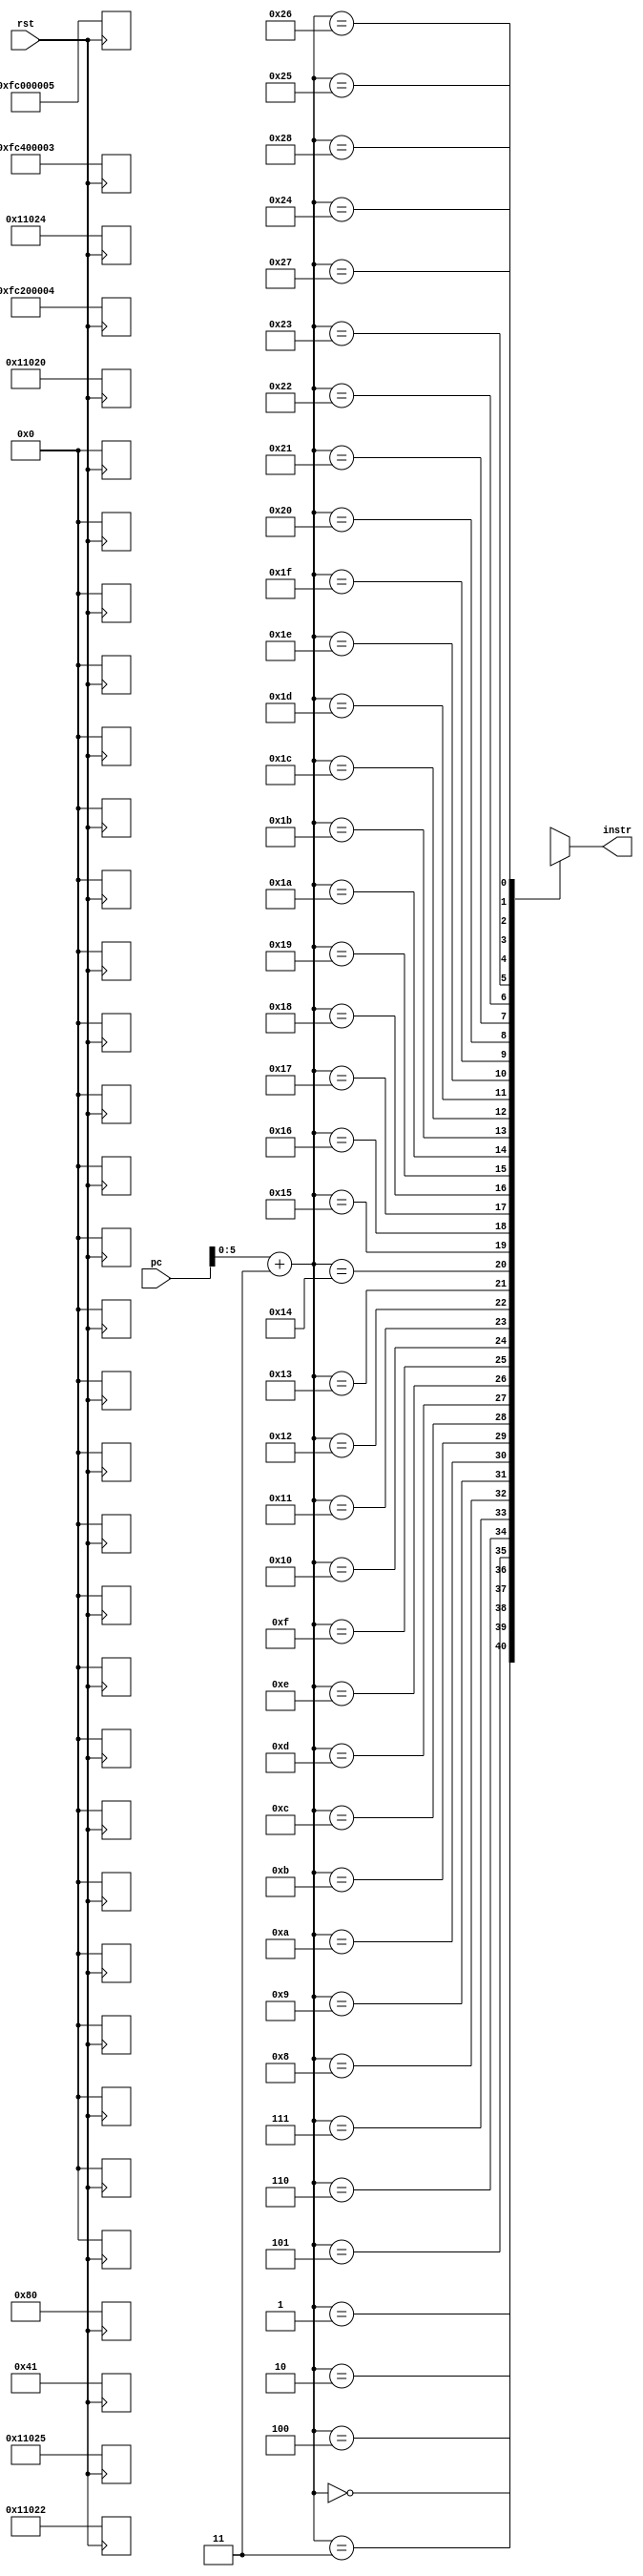
`timescale 1ns / 1ps

module instrmem(
    input [31:0] pc,
    input rst,
    output [31:0] instr
    );
    
    reg [31:0] instmem [40:0];
    
    assign instr = {instmem[pc], instmem[pc+1], instmem[pc+2], instmem[pc+3]};
    
    always @(posedge rst) begin
        if (rst == 1) begin
            {instmem[0], instmem[1], instmem[2], instmem[3]}     = 32'b11111100001000000000000000000100;
            {instmem[4], instmem[5], instmem[6], instmem[7]}     = 32'b11111100010000000000000000000011;
            {instmem[8], instmem[9], instmem[10], instmem[11]}   = 32'b00000000000000010001000000100000;
            {instmem[12], instmem[13], instmem[14], instmem[15]} = 32'b00000000000000010001000000100010;
            {instmem[16], instmem[17], instmem[18], instmem[19]} = 32'b00000000000000010001000000100100;
            {instmem[20], instmem[13], instmem[22], instmem[23]} = 32'b00000000000000010001000000100101;
            {instmem[24], instmem[25], instmem[26], instmem[27]} = 32'b00000000000000000000000010000000;
            {instmem[28], instmem[29], instmem[30], instmem[31]} = 32'b00000000000000000000000001000001;
            {instmem[32], instmem[33], instmem[34], instmem[35]} = 32'b11111100000000000000000000000101;
        end
    end

endmodule